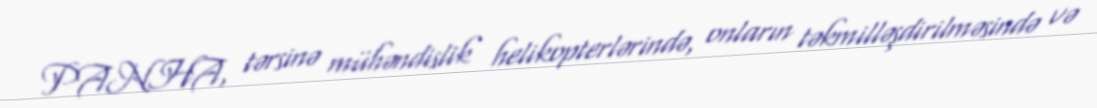
PANHA, tərsinə mühəndislik helikopterlərində, onların təkmilləşdirilməsində və